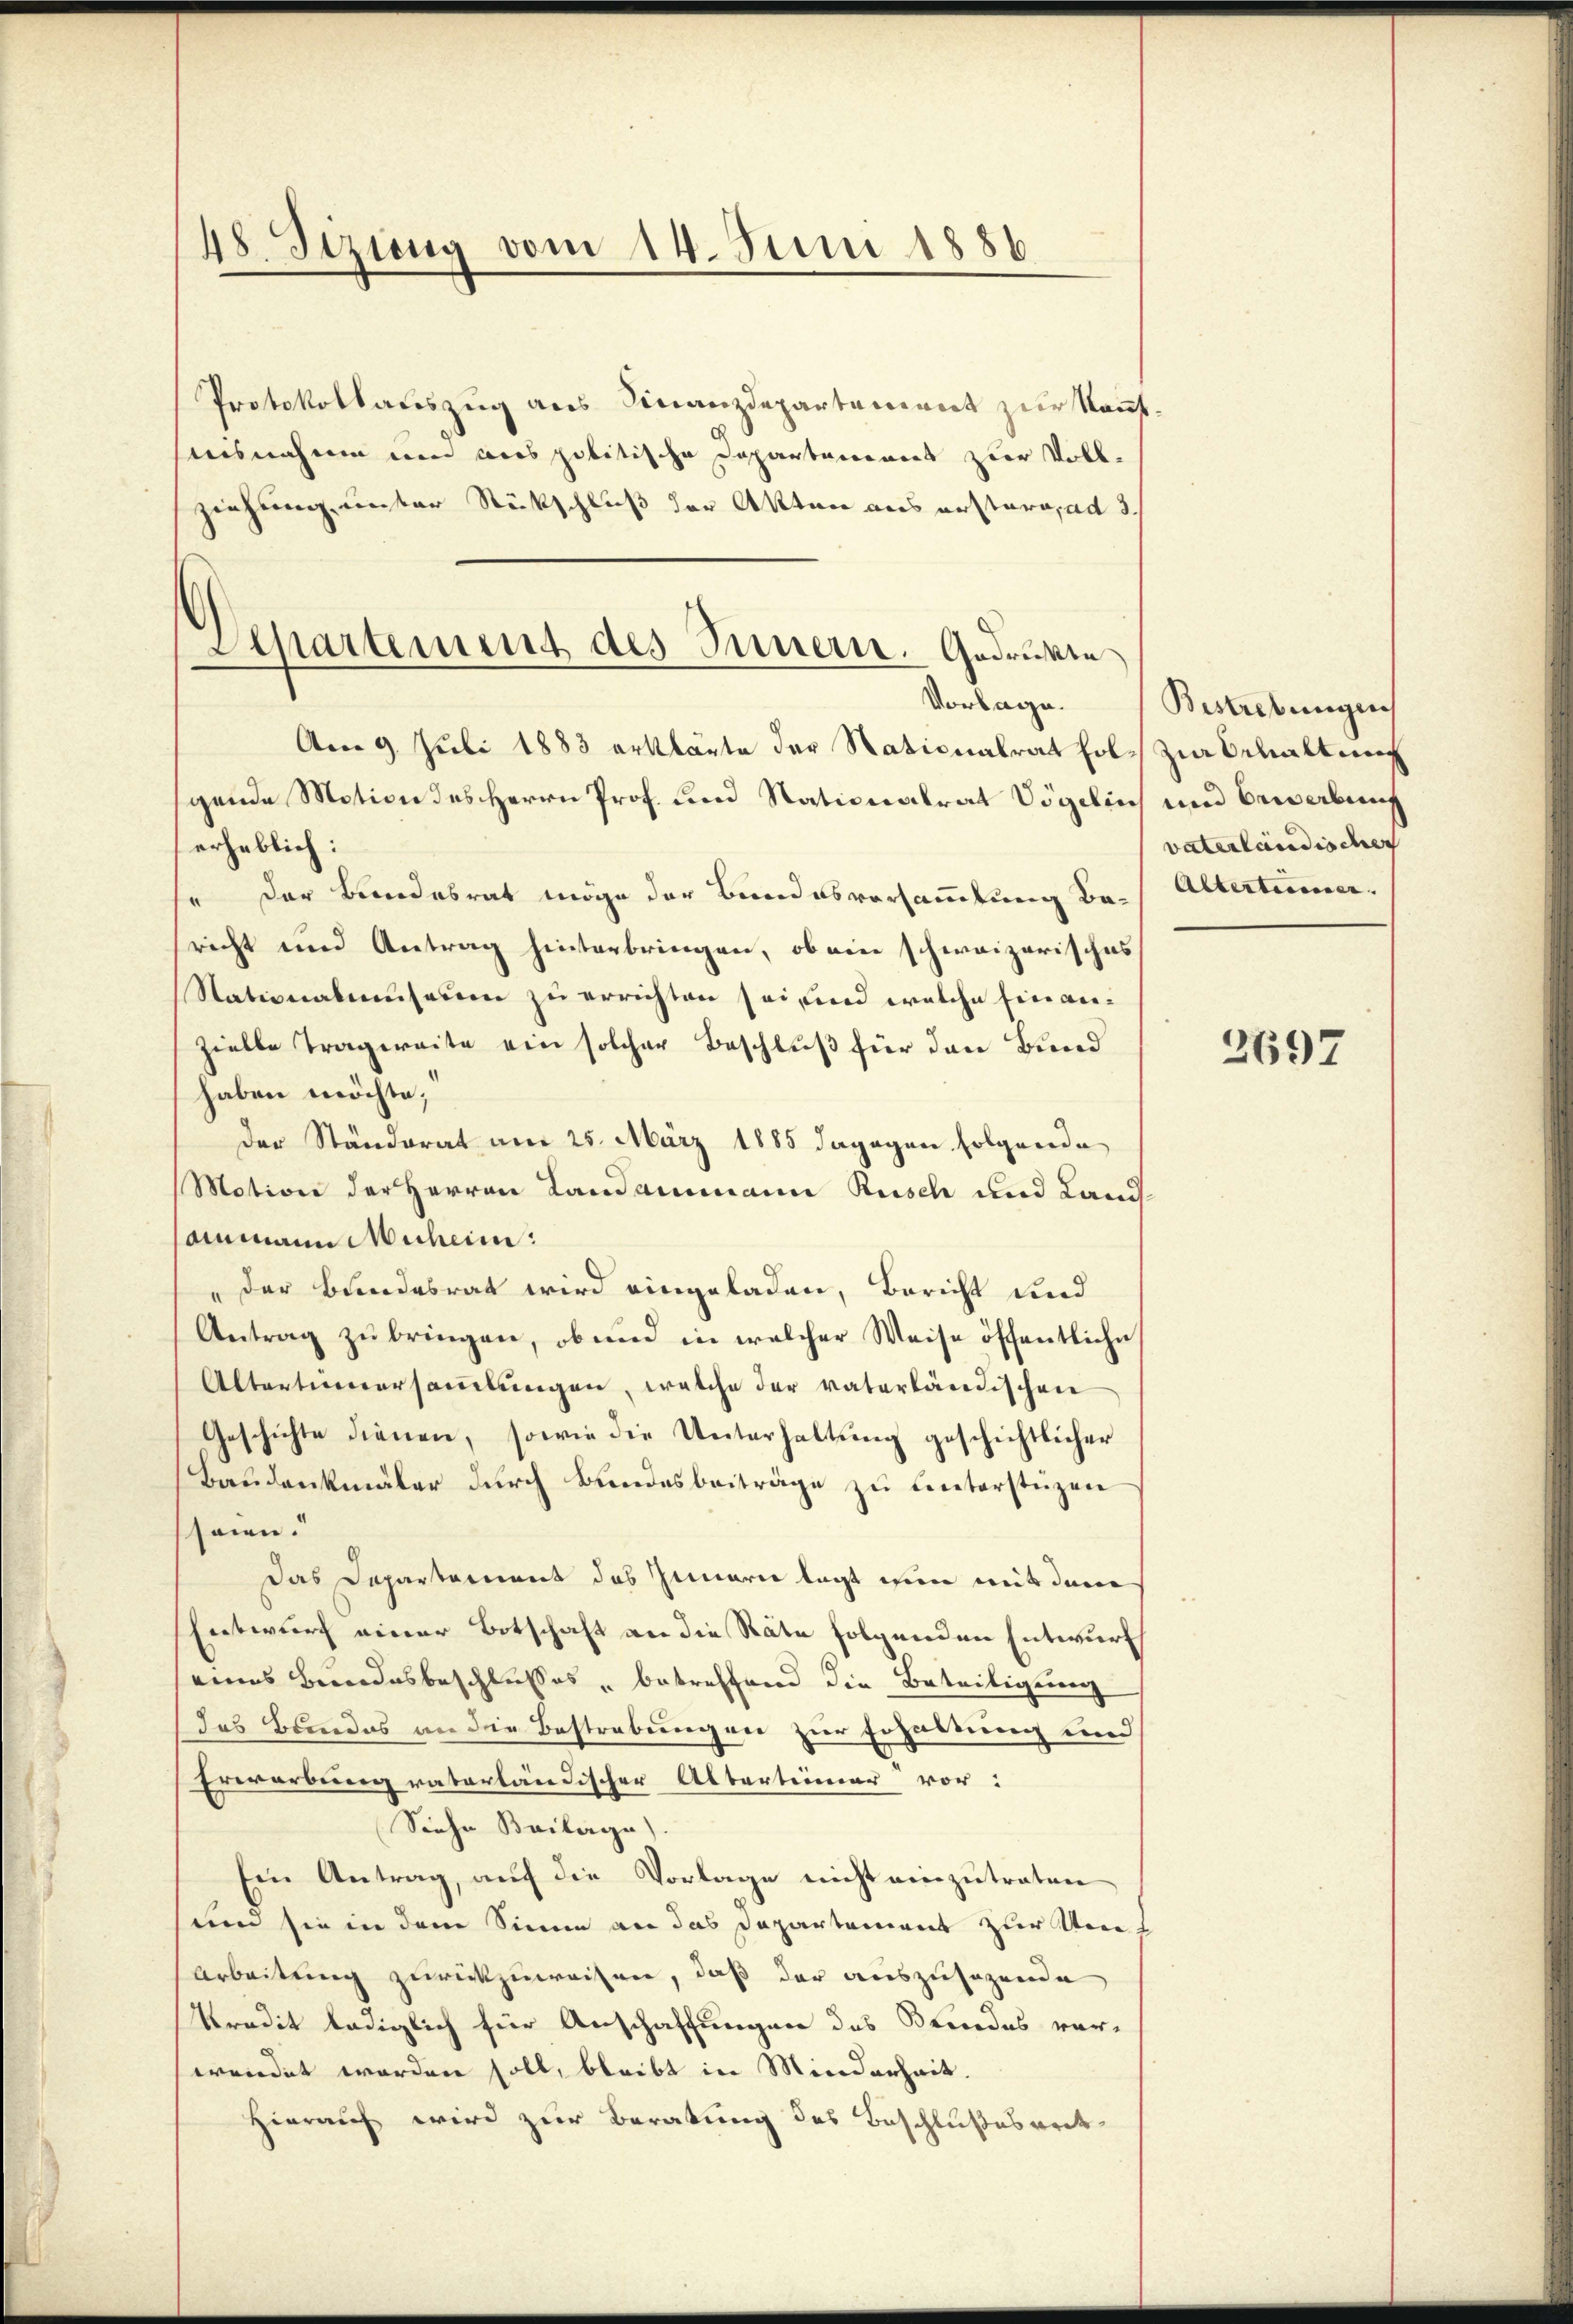
48. Sizung vom 14. Juni 1886.

Protokollauszug aus Finanzdepartement zur Kenntuisnahme um aus politische Departamens zur Voll-
ziehung unter Rückschluß der Akten aus erstero ad 3.
Am 9. Juli 1883 erklärte der Nationalrat holzia Schaltung
gende Motion des Herrn Prof. und Nationalrat Vögelin und Bewerbung
erheblich:
se der Bundesrat möge der Bundesversammlung Baricht und Antrag hinterbringen, ob ein schweizerisches
Stationalmuseum zu errichten sei, und welche Einanzielle Tragweite ein solcher Beschluß für den Bund
haben möchte,
Der Ständerat am 25. März 1885 dagegen folgende
(Motion der Herren Landammann Rusch und Land-
anmann Muheim:
der Bundesrat wird eingeladen, Bericht und
Antrag zu bringen, ob und in welcher Weise öffentliche
Altertinersamlungen, welche der vaterländischen
Geschichte dienen, sowie die Unterhaltung geschichtlicher
Baudenkmäler durch Bundesbeiträge zu unterstüzen
seien.
Das Departement des Innern legt wenn mit dem
Entwurf einer Botschaft an die Räte folgenden Entwurf
eines Beendesbeschlusses betreffend die Beteiligung
das Bundes an die Bestrebungen zur Erhaltung und
Erwarbung vaterländischer Alterteimer vor:
Siehe Beilage).
Ein Antrag, auf die Vorlage nicht einzutreten
und sie in dem Sinne an das Departement zur Kons
Arbeitung zurückzuweisen, daß der auszusagende
Kredit lediglich für Anschaffungen des Beendes ver-
wendet worden soll, bleibt in Minderheit.
Hierauf wird zur Beratung des Beschlußesarck¬

Separtement des Innern. Gedrukte
Vorlage.

Bestrebungen
vaterländischer
Alterteresser. |

2697